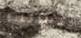
بكونك